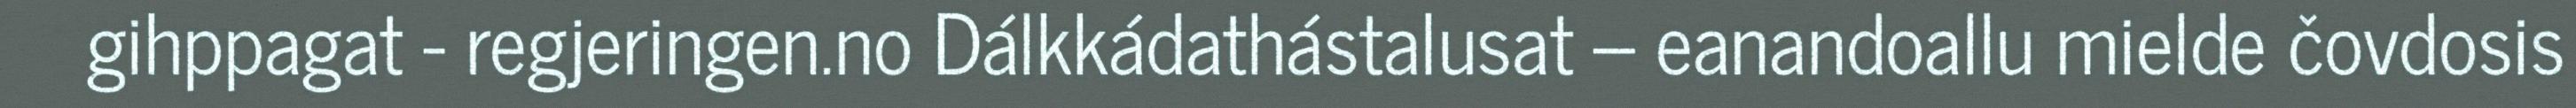
gihppagat - regjeringen.no Dálkkádathástalusat – eanandoallu mielde čovdosis